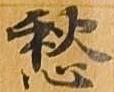
愁